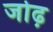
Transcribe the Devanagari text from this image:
जोढ़